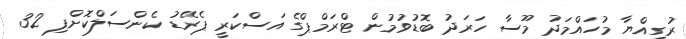
ރުގިއްޔާ މުހައްމަދު މޫސާ ހަރަދު ބޮޑުވުމުން ޓްރަމްޕްގެ އަސްކަރީ ޕެރޭޑު ކެންސަލްކޮށްފި 32